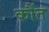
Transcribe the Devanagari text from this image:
कौंत